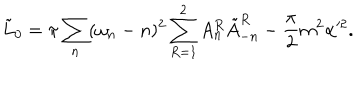
\tilde { L } _ { 0 } = \pi \sum _ { n } ( \omega _ { n } - n ) ^ { 2 } \sum _ { R = 1 } ^ { 2 } A _ { n } ^ { R } \tilde { A } _ { - n } ^ { R } - \frac { \pi } { 2 } m ^ { 2 } \alpha ^ { 2 } .